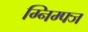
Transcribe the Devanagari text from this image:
ग्निम्फ्ज